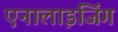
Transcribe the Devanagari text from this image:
एनालाइजिंग